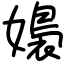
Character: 嬝